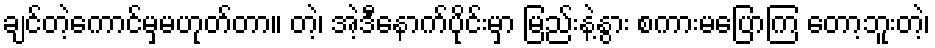
ချင်တဲ့ကောင်မှမဟုတ်တာ။ တဲ့၊ အဲ့ဒီနောက်ပိုင်းမှာ မြည်းနဲ့နွား စကားမပြောကြ တော့ဘူးတဲ့၊